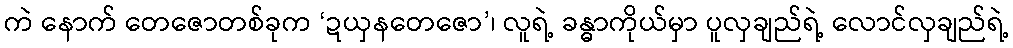
ကဲ နောက် တေဇောတစ်ခုက ‘ဍယှနတေဇော’၊ လူရဲ့ ခန္ဓာကိုယ်မှာ ပူလှချည်ရဲ့ လောင်လှချည်ရဲ့